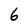
Character: 6